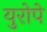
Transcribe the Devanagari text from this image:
युरोपे